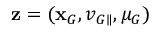
\mathbf { z } = ( \mathbf { x } _ { G } , v _ { G \parallel } , \mu _ { G } )